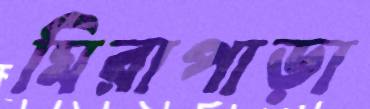
মিরাপাড়া